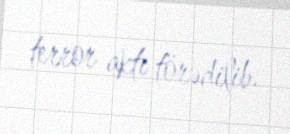
terror aktı törədilib.